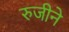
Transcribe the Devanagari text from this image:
रुजीने